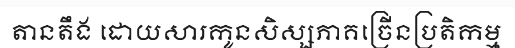
តានតឹង ដោយសារកូនសិស្សភាគច្រើនប្រតិកម្ម